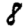
Digit: 8